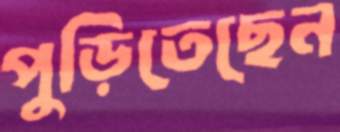
পুড়িতেছেন